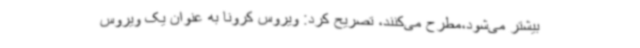
بیشتر می‌شود،مطرح می‌کنند، تصریح کرد: ویروس کرونا به عنوان یک ویروس